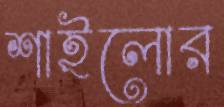
শাইলোর